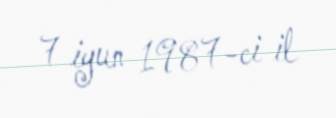
7 iyun 1987-ci il